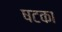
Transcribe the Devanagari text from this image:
षटका